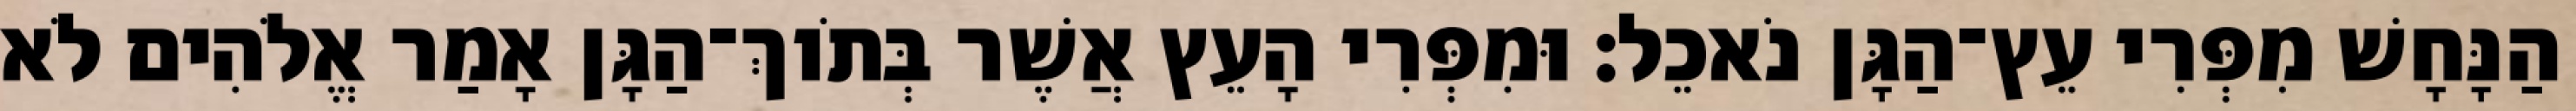
הַנָּחָשׁ מִפְּרִי עֵץ־הַגָּן נֹאכֵל׃ וּמִפְּרִי הָעֵץ אֲשֶׁר בְּתֹוךְ־הַגָּן אָמַר אֱלֹהִים לֹא